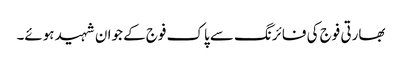
بھارتی فوج کی فائرنگ سے پاک فوج کے جوان شہید ہوئے۔